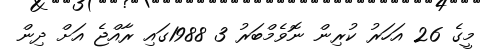
މީގެ 26 އަހަރު ކުރިން ނޮވެމްބަރު 3 1988ގައި ރާއްޖެ އަށް ދިން